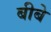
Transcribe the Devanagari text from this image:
बीबे